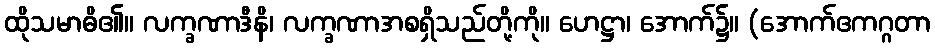
ထိုသမာဓိ၏။ လက္ခဏာဒီနိ၊ လက္ခဏာအစရှိသည်တို့ကို။ ဟေဋ္ဌာ၊ အောက်၌။ (အောက်ဧကဂ္ဂတာ